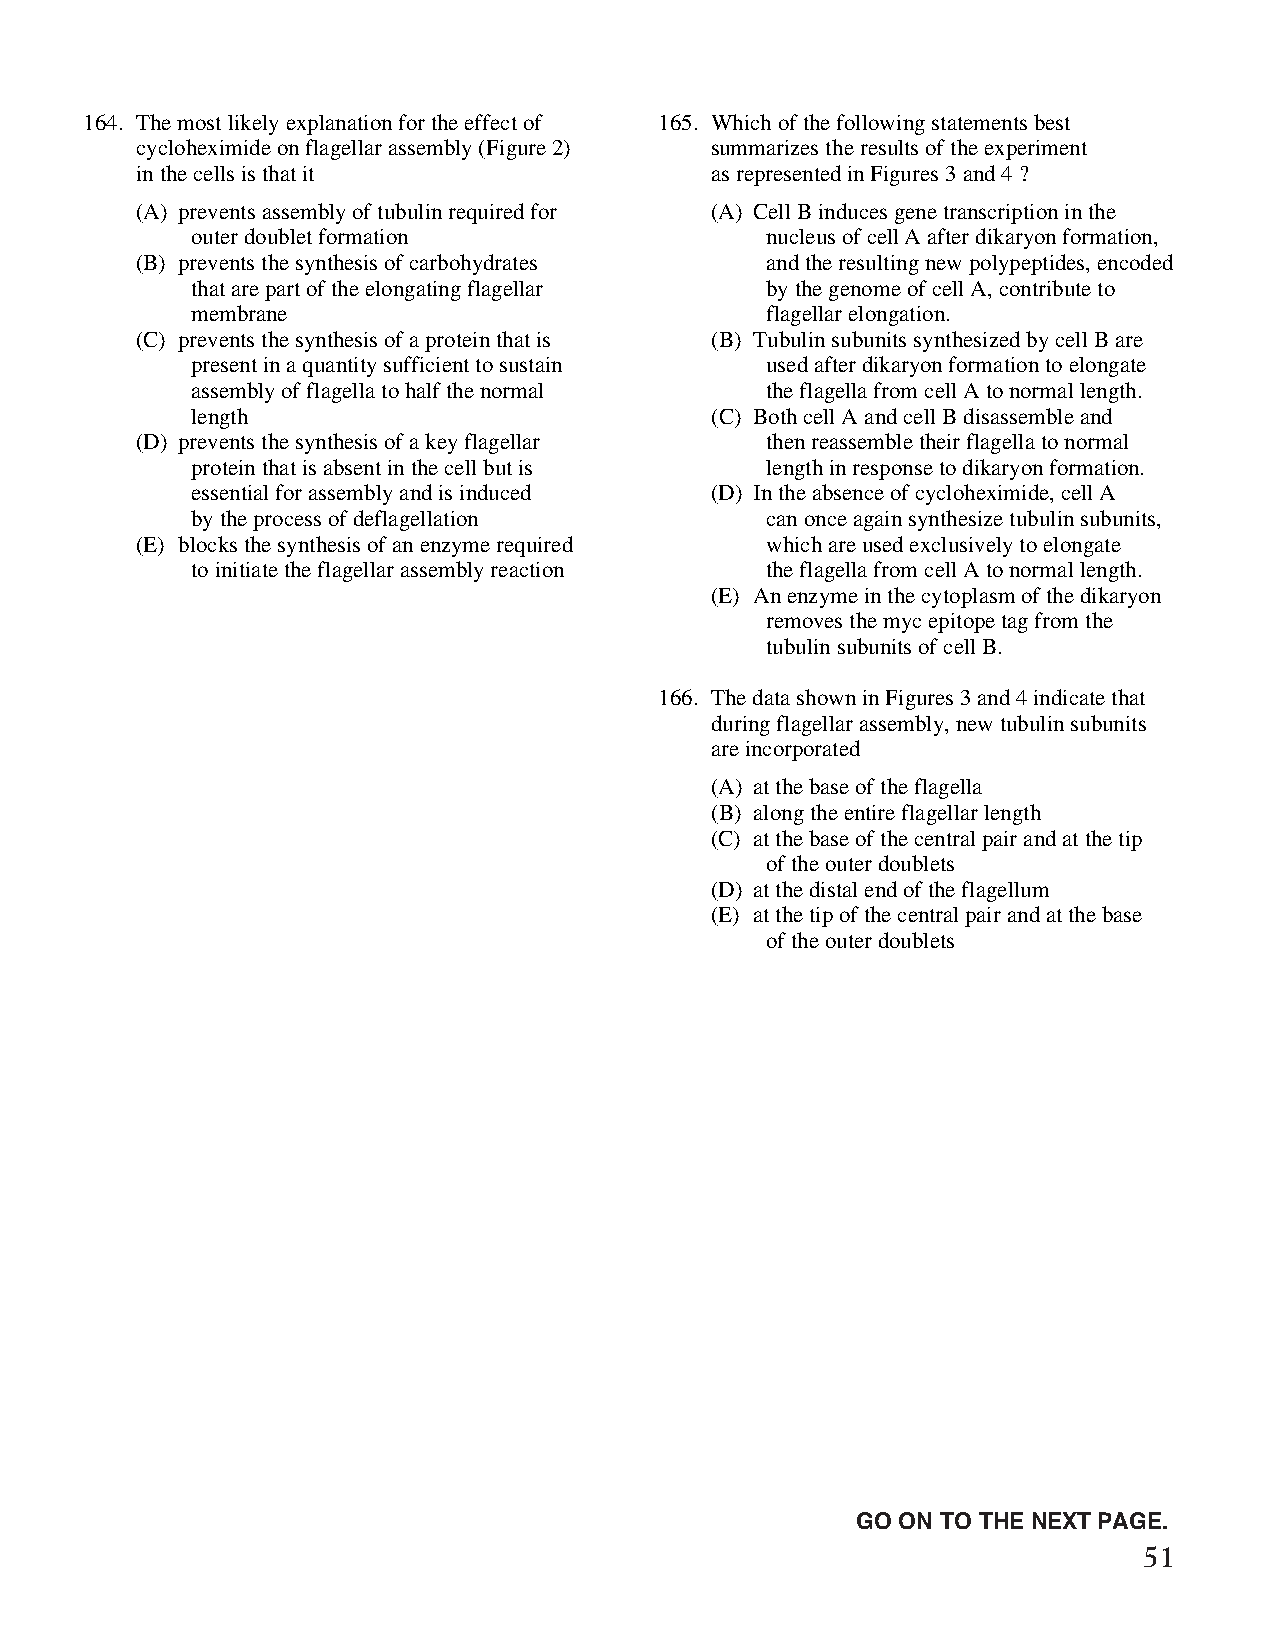
164. The most likely explanation for the effect of 165. Which of the following statements best
 cycloheximide on flagellar assembly (Figure 2) summarizes the results of the experiment
 in the cells is that it               as represented in Figures 3 and 4 ?
 (A) prevents assembly of tubulin required for (A) Cell B induces gene transcription in the
 outer doublet formation               nucleus of cell A after dikaryon formation,
 (B) prevents the synthesis of carbohydrates and the resulting new polypeptides, encoded
 that are part of the elongating flagellar by the genome of cell A, contribute to
 membrane                              flagellar elongation.
 (C) prevents the synthesis of a protein that is (B) Tubulin subunits synthesized by cell B are
 present in a quantity sufficient to sustain used after dikaryon formation to elongate
 assembly of flagella to half the normal the flagella from cell A to normal length.
 length                            (C) Both cell A and cell B disassemble and
 (D) prevents the synthesis of a key flagellar then reassemble their flagella to normal
 protein that is absent in the cell but is length in response to dikaryon formation.
 essential for assembly and is induced (D) In the absence of cycloheximide, cell A
 by the process of deflagellation      can once again synthesize tubulin subunits,
 (E) blocks the synthesis of an enzyme required which are used exclusively to elongate
 to initiate the flagellar assembly reaction the flagella from cell A to normal length.
 (E) An enzyme in the cytoplasm of the dikaryon
 removes the myc epitope tag from the
 tubulin subunits of cell B.
 166. The data shown in Figures 3 and 4 indicate that
 during flagellar assembly, new tubulin subunits
 are incorporated
 (A) at the base of the flagella
 (B) along the entire flagellar length
 (C) at the base of the central pair and at the tip
 of the outer doublets
 (D) at the distal end of the flagellum
 (E) at the tip of the central pair and at the base
 of the outer doublets
 Unauthorized copying or reuse of
 any part of this page is illegal.                GO ON TO THE NEXT PAGE.
 51
 GO ON TO THE NEXT PAGE.
 -43-
 007884-72507 GRE Biochemistry Test Practise Book • Dr01 4/17/08 ta • Dr02 5/7/08 ta • Dr03 5/20/08 ta • [NEW 108353] • CS6 • Dr01 5/1/15 jw • [New
 Job] 007884-113203 Drft01 3/22/16 ew